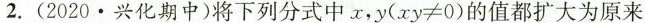
2. (2020·兴化期中)将下列分式中x，$$y (x y ≠ 0 )$$的值都扩大为原来